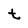
Character: t